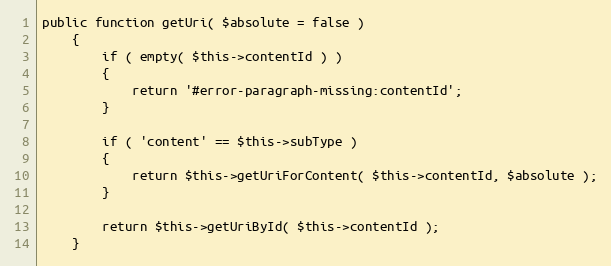
Language: PHP
public function getUri( $absolute = false )
    {
        if ( empty( $this->contentId ) )
        {
            return '#error-paragraph-missing:contentId';
        }

        if ( 'content' == $this->subType )
        {
            return $this->getUriForContent( $this->contentId, $absolute );
        }

        return $this->getUriById( $this->contentId );
    }